Scottish Certificate of Education, 1963
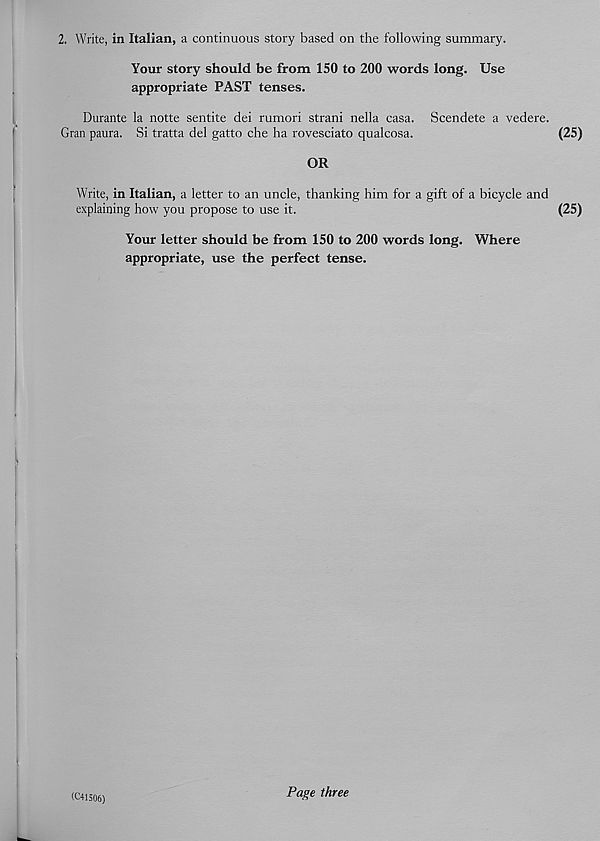
2. Write, in Italian, a continuous story based on the following summary.
Your story should be from 150 to 200 words long. Use
appropriate PAST tenses.
Durante la notte sentite dei rumori strani nella casa. Scendete a vedere.
Gran paura. Si tratta del gatto che ha rovesciato qualcosa.
(25)
OR
Write, in Italian, a letter to an uncle, thanking him for a gift of a bicycle and
explaining how you propose to use it.
(25)
Your letter should be from 150 to 200 words long. Where
appropriate, use the perfect tense.
(C41506)
Page three